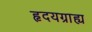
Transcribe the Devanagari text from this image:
हृदयग्राह्य